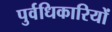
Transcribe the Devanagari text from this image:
पुर्वधिकारियों